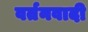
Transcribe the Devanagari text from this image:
वर्तनवादी